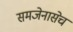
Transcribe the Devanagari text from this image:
समजेनासेच